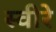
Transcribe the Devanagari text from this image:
स्वीरे